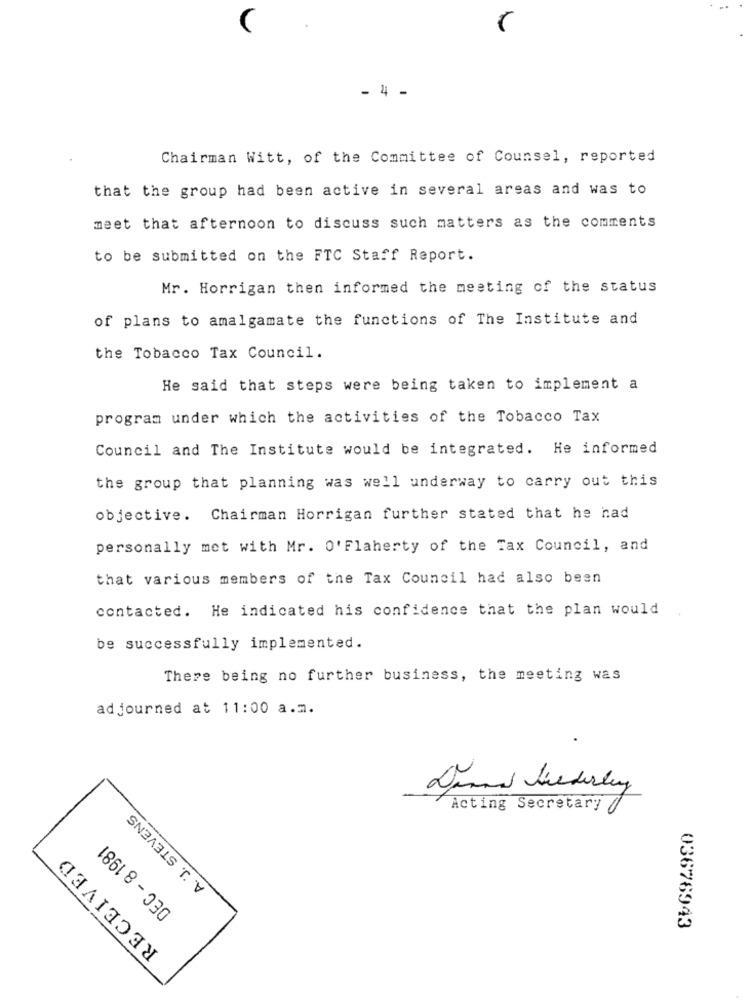
- 4 -
Chairman Witt, of the Committee of Counsel, reported
that the group had been active in several areas and was to
meet that afternoon to discuss such matters as the comments
to be submitted on the FTC Staff Report.
Mr. Horrigan then informed the meeting of the status
of plans to amalgamate the functions of The Institute and
the Tobacco Tax Council.
He said that steps were being taken to implement a
program under which the activities of the Tobacco Tax
Council and The Institute would be integrated. He informed
the group that planning was well underway to carry out this
objective. Chairman Horrigan further stated that he had
personally met with Mr. O' Flaherty of the Tax Council, and
that various members of the Tax Council had also been
contacted. He indicated his confidence that the plan would
be successfully implemented.
There being no further business, the meeting was
adjourned at 11:00 a.m.
A. J. STEVENS
Acting Secretary
DEC - 8 1981
RECEIVED
03676943